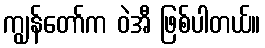
ကျွန်တော်က ဝဲအီ ဖြစ်ပါတယ်။